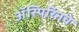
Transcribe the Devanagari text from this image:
ॲस्पिरिनचे